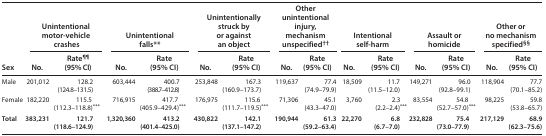
| <ROWSPAN=2> Sex | <COLSPAN=2> Unintentional motor-vehicle crashes | <COLSPAN=2> Unintentional falls** | <COLSPAN=2> Unintentionally struck by or against an object | <COLSPAN=2> Other unintentional injury, mechanism unspecified†† | <COLSPAN=2> Intentional self-harm | <COLSPAN=2> Assault or homicide | <COLSPAN=2> Other or no mechanism specified§§ |
 | No. | Rate¶¶ (95% CI) | No. | Rate (95% CI) | No. | Rate (95% CI) | No. | Rate (95% CI) | No. | Rate (95% CI) | No. | Rate (95% CI) | No. | Rate (95% CI) |
 | --- | --- | --- | --- | --- | --- | --- | --- | --- | --- | --- | --- | --- | --- | --- |
 | Male | 201,012 | 128.2 (124.8–131.5) | 603,444 | 400.7 (388.7–412.8) | 253,848 | 167.3 (160.9–173.7) | 119,637 | 77.4 (74.9–79.9) | 18,509 | 11.7 (11.5–12.0) | 149,271 | 96.0 (92.8–99.1) | 118,904 | 77.7 (70.1–85.2) |
 | Female | 182,220 | 115.5 (112.3–118.8)*** | 716,915 | 417.7 (405.9–429.4)*** | 176,975 | 115.6 (111.7–119.5)*** | 71,306 | 45.1 (43.3–47.0) | 3,760 | 2.3 (2.2–2.4)*** | 83,554 | 54.8 (52.7–57.0)*** | 98,225 | 59.8 (53.8–65.7) |
 | Total | 383,231 | 121.7 (118.6–124.9) | 1,320,360 | 413.2 (401.4–425.0) | 430,822 | 142.1 (137.1–147.2) | 190,944 | 61.3 (59.2–63.4) | 22,270 | 6.8 (6.7–7.0) | 232,828 | 75.4 (73.0–77.9) | 217,129 | 68.9 (62.3–75.6) |